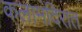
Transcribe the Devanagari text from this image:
कलामंदिरात